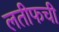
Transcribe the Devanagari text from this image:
लतीफची